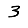
Digit: 3